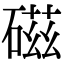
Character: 𥔵